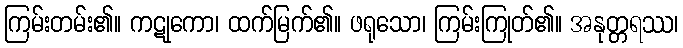
ကြမ်းတမ်း၏။ ကဋုကော၊ ထက်မြက်၏။ ဖရုသော၊ ကြမ်းကြုတ်၏။ အနုတ္တရဿ၊